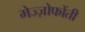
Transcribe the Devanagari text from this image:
मेज्ज़ोफोंती